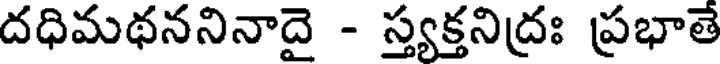
దధిమథననినాదై - స్త్యక్తనిద్రః ప్రభాతే